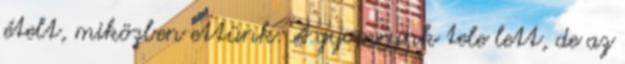
ételt, miközben ettünk. A gyomrunk tele lett, de az